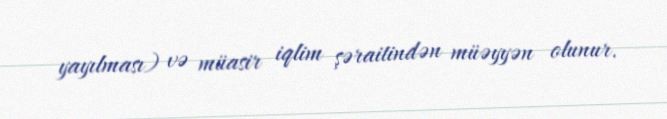
yayılması) və müasir iqlim şəraitindən müəyyən olunur.